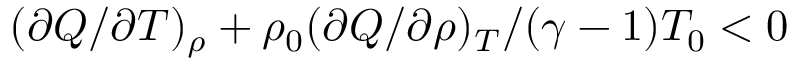
( \partial Q / \partial T ) _ { \rho } + \rho _ { 0 } ( \partial Q / \partial \rho ) _ { T } / ( \gamma - 1 ) T _ { 0 } < 0